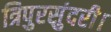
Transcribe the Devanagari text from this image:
त्रिपुरसुंदरी।